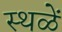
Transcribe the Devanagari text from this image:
स्थळें